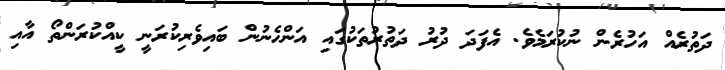
ދަތުރެއް އަހުރެން ނުކުރަމެވެ. އެފަދަ ދުރު ދަތުރުތަކުގައި އަންހެނުން ބައިވެރިކުރަނީ ކީއްކުރަންތޯ އާއި